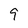
Character: 9